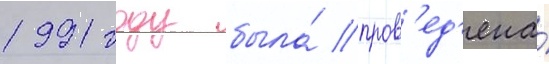
1991 году была́ пров'ед'ена́